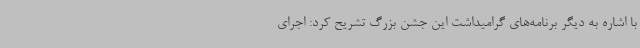
با اشاره به دیگر برنامه‌های گرامیداشت این جشن بزرگ تشریح کرد: اجرای